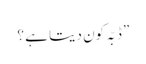
” ڈبّہ کون دیتا ہے ؟